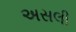
અસલી